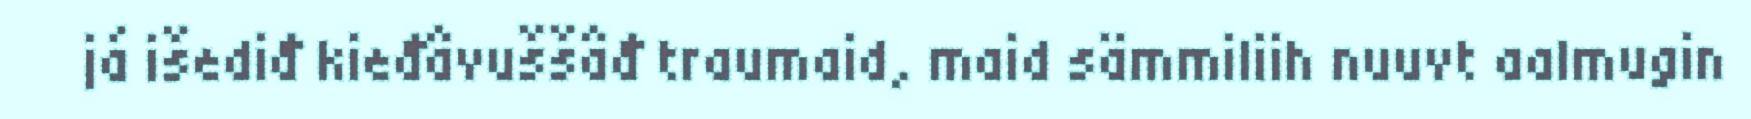
já išediđ kieđâvuššâđ traumaid, maid sämmiliih nuuvt aalmugin